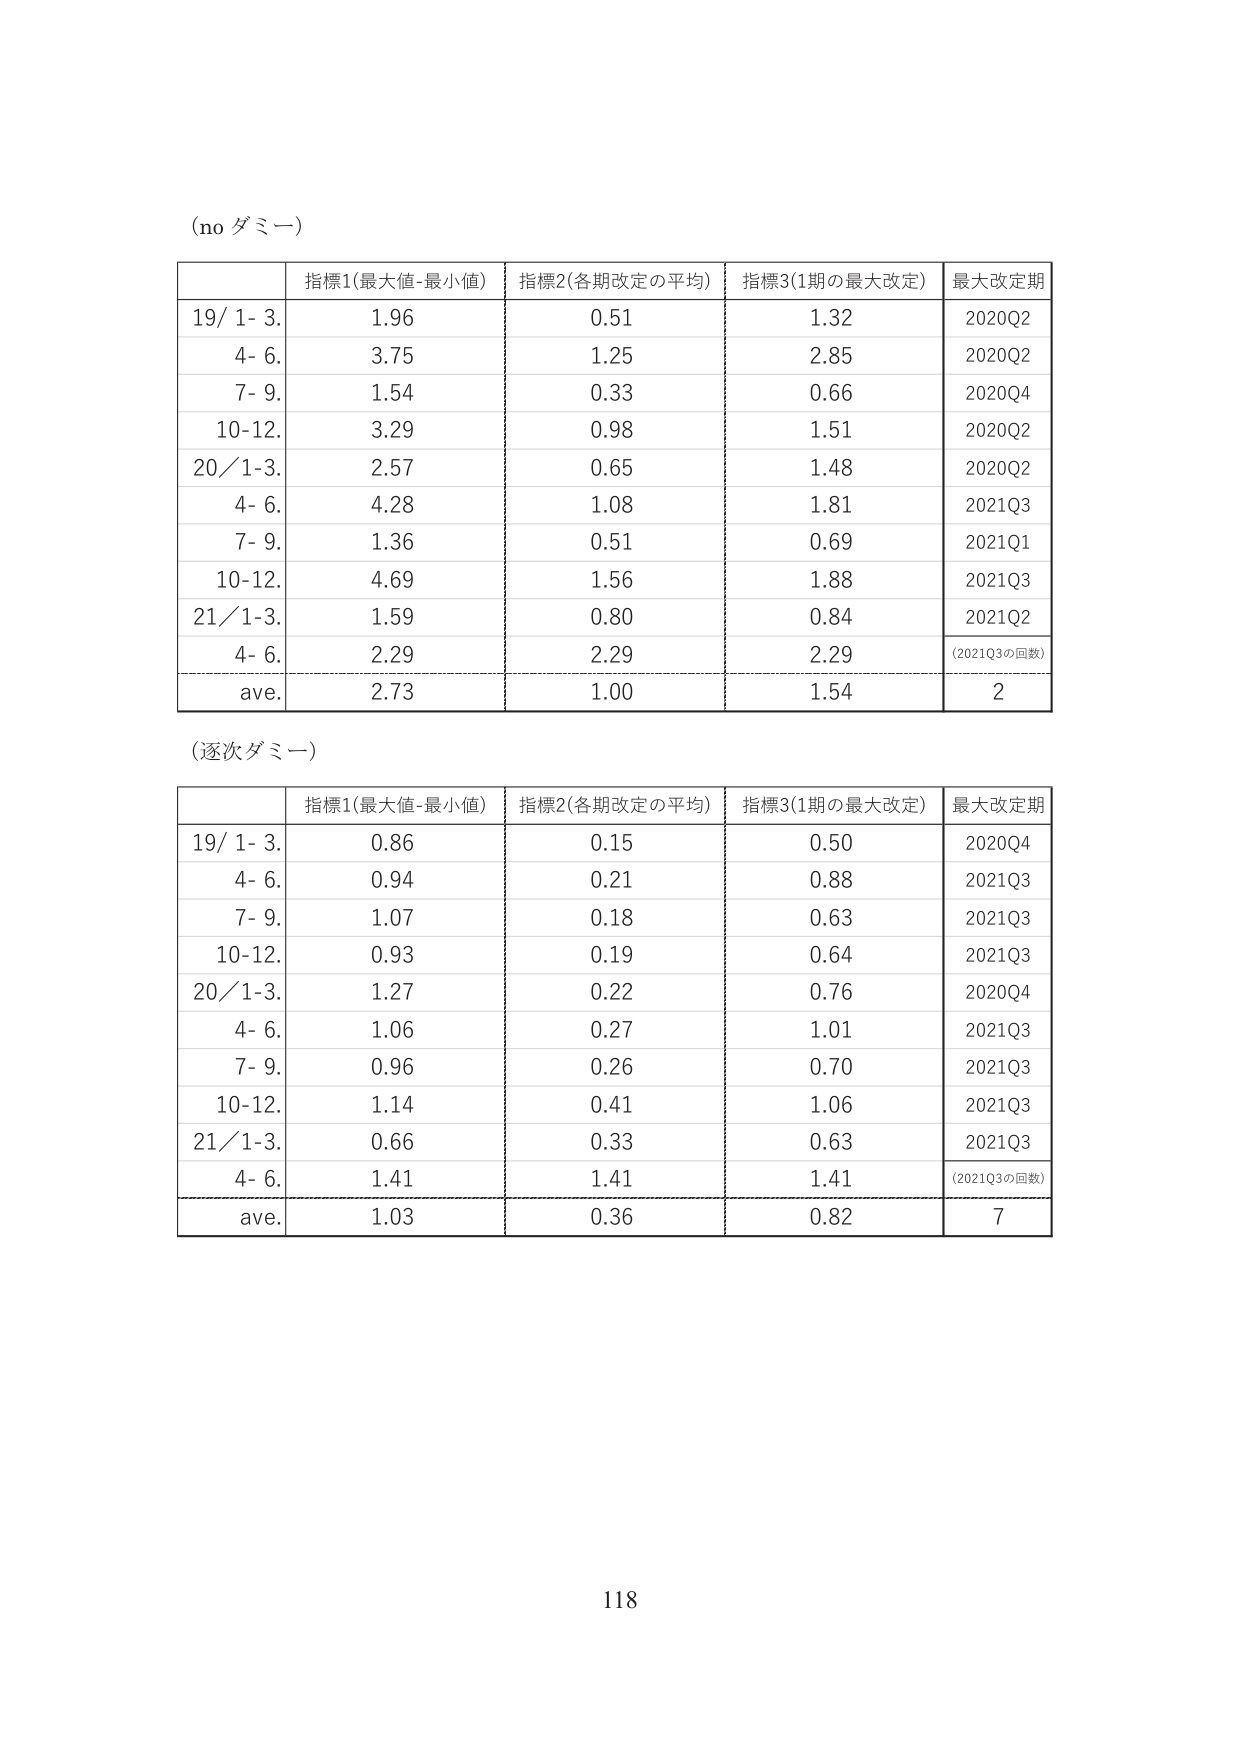
(no ダミー)

| | 指標1(最大値-最小値) | 指標2(各期改定の平均) | 指標3(1期の最大改定) | 最大改定期 |
|---|---|---|---|---|
| 19/ 1- 3. | 1.96 | 0.51 | 1.32 | 2020Q2 |
| 4- 6. | 3.75 | 1.25 | 2.85 | 2020Q2 |
| 7- 9. | 1.54 | 0.33 | 0.66 | 2020Q4 |
| 10-12. | 3.29 | 0.98 | 1.51 | 2020Q2 |
| 20/ 1-3. | 2.57 | 0.65 | 1.48 | 2020Q2 |
| 4- 6. | 4.28 | 1.08 | 1.81 | 2021Q3 |
| 7- 9. | 1.36 | 0.51 | 0.69 | 2021Q1 |
| 10-12. | 4.69 | 1.56 | 1.88 | 2021Q3 |
| 21/ 1-3. | 1.59 | 0.80 | 0.84 | 2021Q2 |
| 4- 6. | 2.29 | 2.29 | 2.29 | (2021Q3の回数) |
| ave. | 2.73 | 1.00 | 1.54 | 2 |

(逐次ダミー)

| | 指標1(最大値-最小値) | 指標2(各期改定の平均) | 指標3(1期の最大改定) | 最大改定期 |
|---|---|---|---|---|
| 19/ 1- 3. | 0.86 | 0.15 | 0.50 | 2020Q4 |
| 4- 6. | 0.94 | 0.21 | 0.88 | 2021Q3 |
| 7- 9. | 1.07 | 0.18 | 0.63 | 2021Q3 |
| 10-12. | 0.93 | 0.19 | 0.64 | 2021Q3 |
| 20/ 1-3. | 1.27 | 0.22 | 0.76 | 2020Q4 |
| 4- 6. | 1.06 | 0.27 | 1.01 | 2021Q3 |
| 7- 9. | 0.96 | 0.26 | 0.70 | 2021Q3 |
| 10-12. | 1.14 | 0.41 | 1.06 | 2021Q3 |
| 21/ 1-3. | 0.66 | 0.33 | 0.63 | 2021Q3 |
| 4- 6. | 1.41 | 1.41 | 1.41 | (2021Q3の回数) |
| ave. | 1.03 | 0.36 | 0.82 | 7 |

118